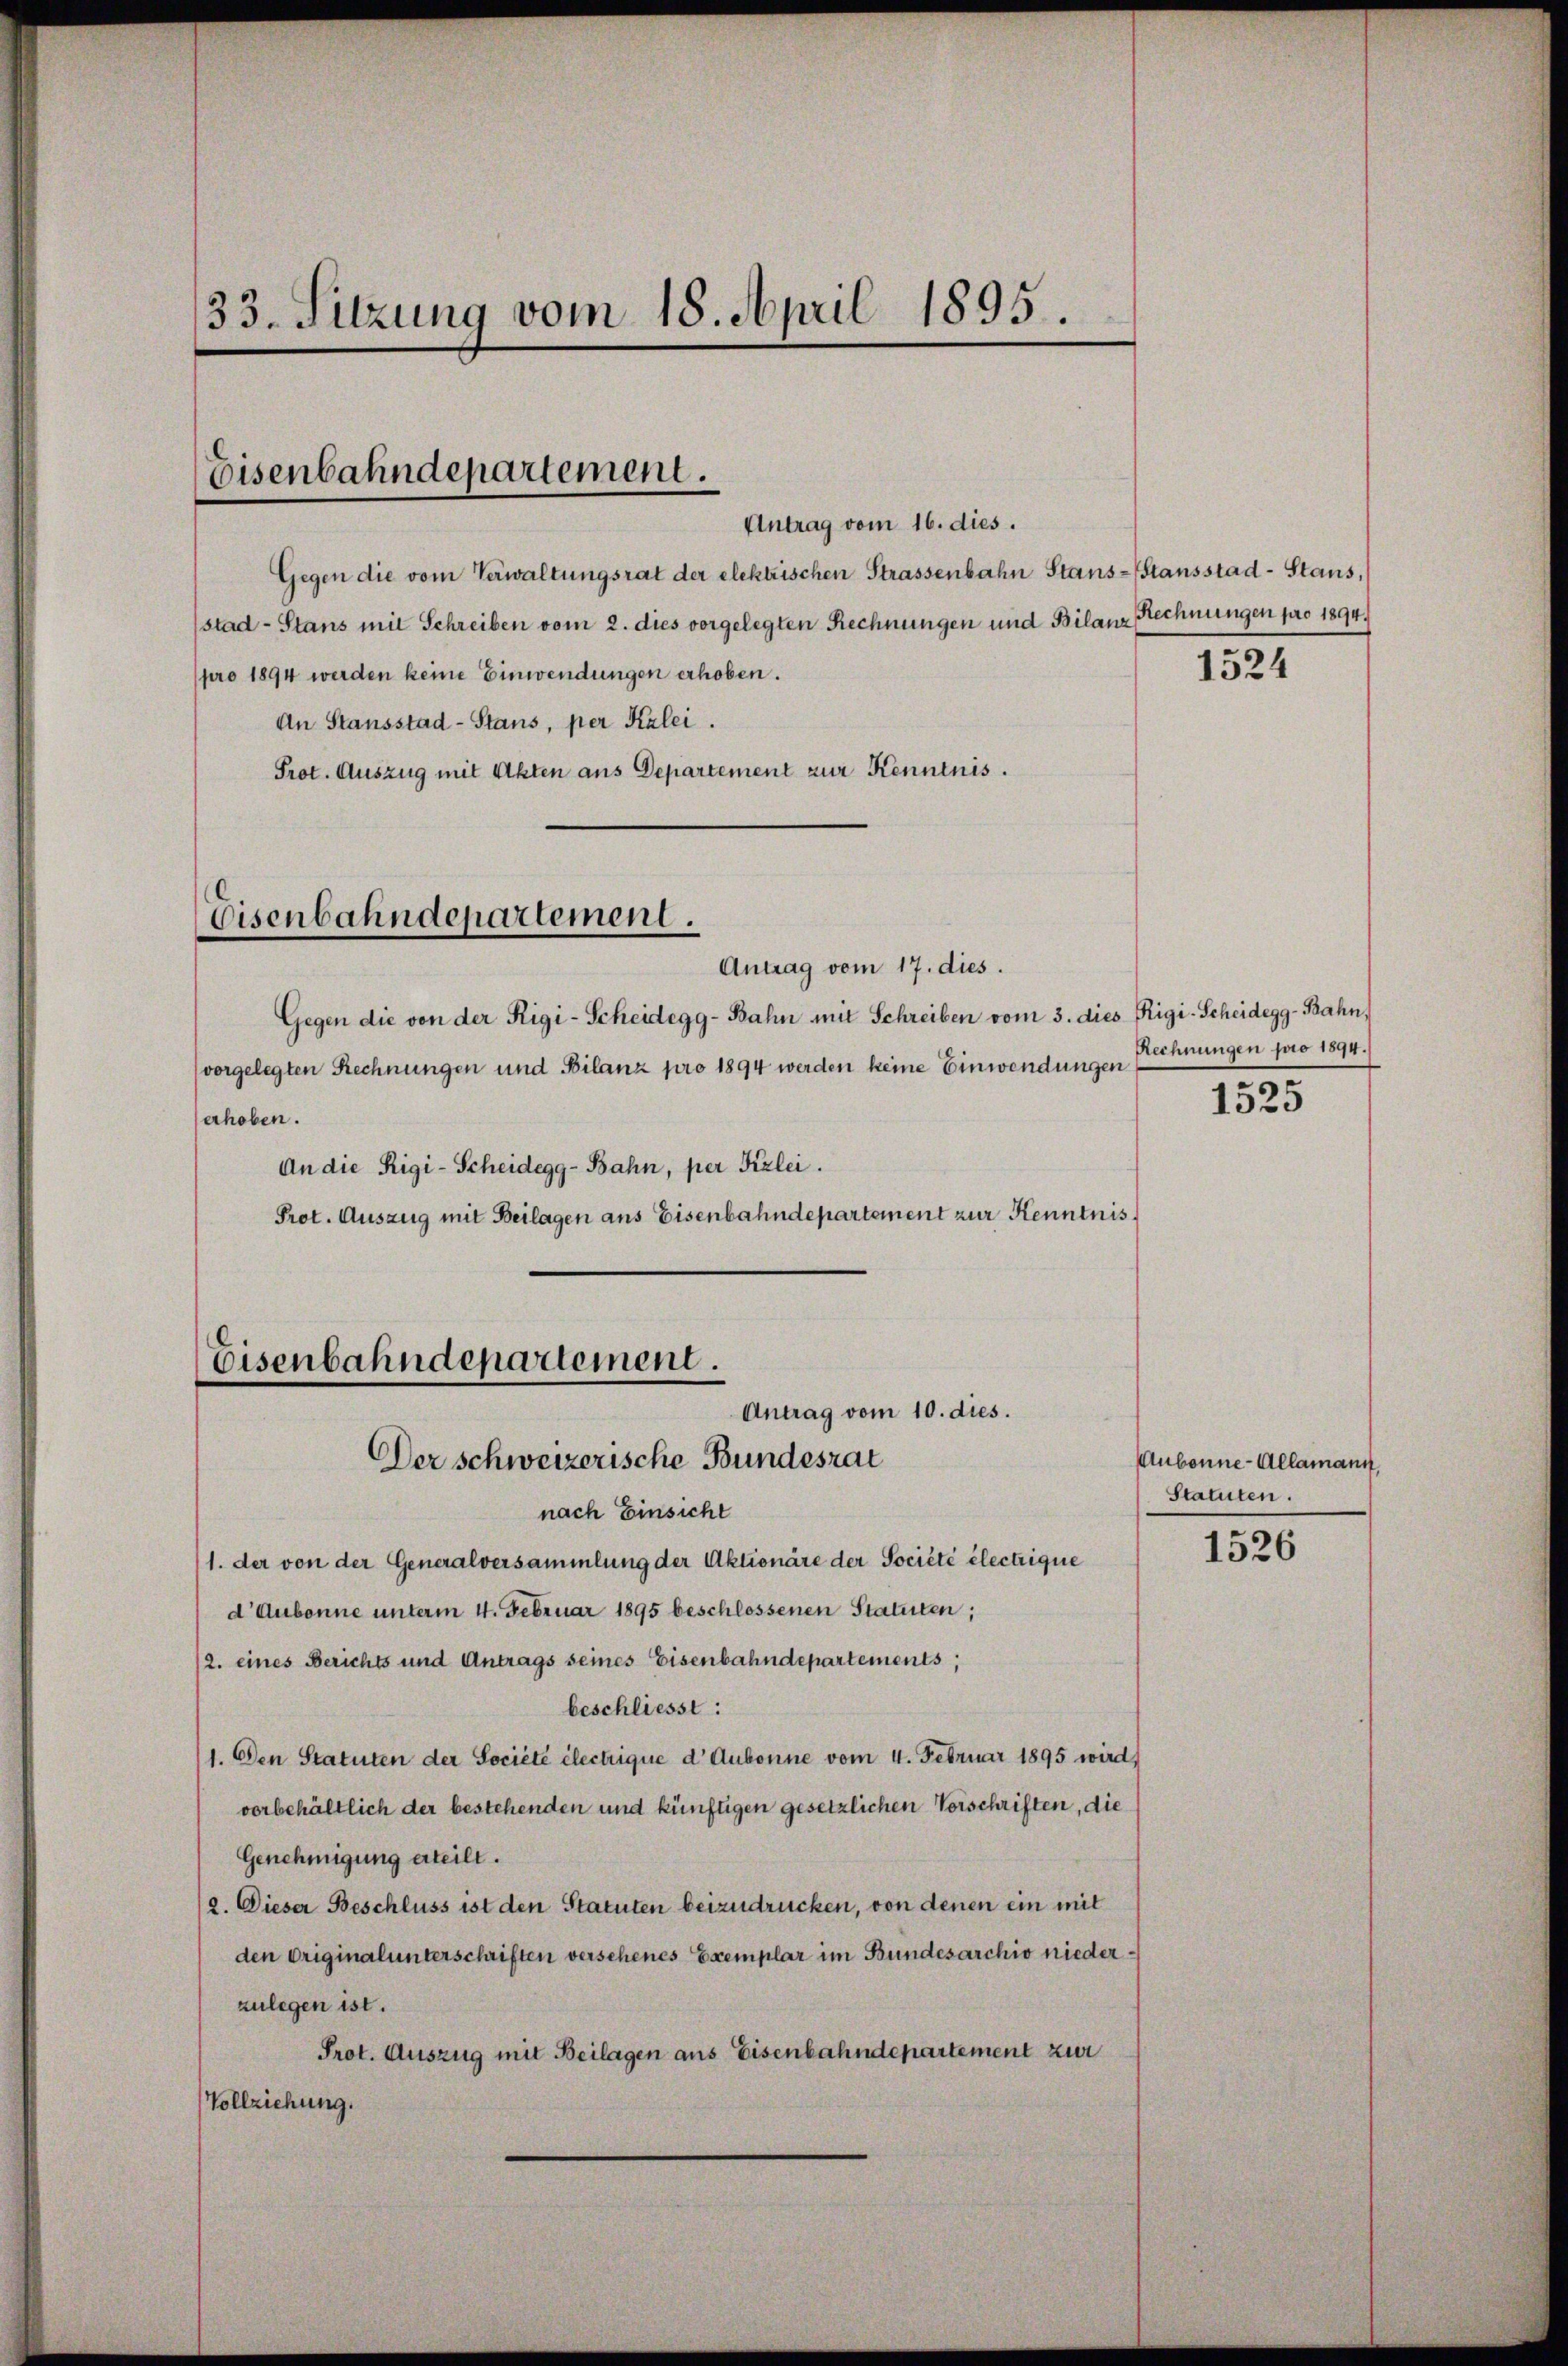
33. Sitzung vom 18. April 1895.

Eisenbahndepartement.
Antrag vom 16. dies.

Gegen die vom Verwaltungsrat der elektrischen Strassenbahn Stanstansstad- Stans,
stad- Stans mit Schreiben vom 2. dies vorgelegten Rechnungen und Bilanz
pro 1894 werden keine Einwendungen erhoben.
An Stansstad- Stans, per Kalei.
Prot. Auszug mit Akten aus Departement zur Kenntnis.

Eisenbahndepartement.
Antrag vom 17. dies.

Gegen die von der Rigi-Scheidegg-Bahn mit Schreiben vom 3. dies Rigi-Scheidegg-Bahn,
vorgelegten Rechnungen und Bilanz pro 1894 werden keine Einwendungen
erhoben.
An die Rigi-Scheidegg-Bahn, per Kizlei.
Prot. Auszug mit Beilagen ans Eisenbahndepartement zur Kenntnis
Eisenbahndepartement.
Antrag vom 10. dies.

Der schweizerische Bundesrat

nach Einsicht
1. der von der Generalversammlung der Aktionäre der Société électrique
d’ Aubonne unterm 4. Februar 1895 beschlossenen Statuten;
2. eines Berichts und Antrags seines Eisenbahndepartements,
beschliesst:
1. Den Statuten der Société électrique d' Aubonne vom 4. Februar 1895 wird,
vorbehältlich der bestehenden und künftigen gesetzlichen Vorschriften, die
Genehmigung erteilt.
(2. Dieser Beschluss ist den Statuten beizudrücken, von denen ein mit
den Originalunterschriften versehenes Exemplar im Bundesarchiv niederzulegen ist.
Prot. Auszug mit Beilagen aus Eisenbahndepartement zur
Vollziehung.

Rechnungen pro 1894.

1524

Rechnungen pro 1894.

1525

Aubonne-Allamann,
Statuten.

1526